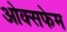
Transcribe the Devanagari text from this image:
ओक्सफेम